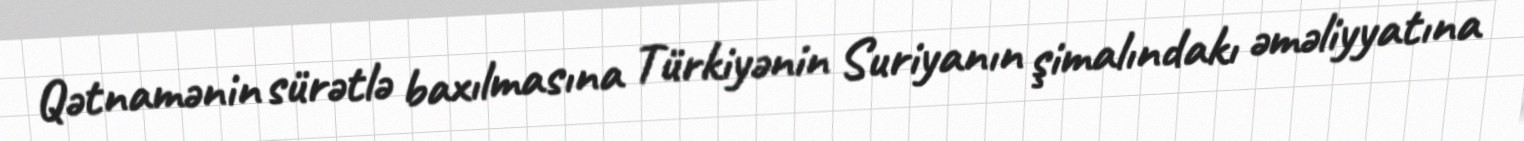
Qətnamənin sürətlə baxılmasına Türkiyənin Suriyanın şimalındakı əməliyyatına